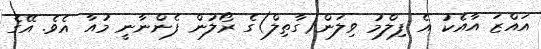
އައްޒަ އާއެކު އެ ފިލްމު ވިލަން(ގާތިލް)ގެ ރޯލުން ފެންނާނީ މުއާ އެވެ. އޭގެ